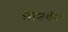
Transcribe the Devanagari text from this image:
नवरसांसोबतच